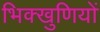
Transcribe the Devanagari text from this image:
भिक्खुणियों